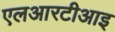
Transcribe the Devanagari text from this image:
एलआरटीआइ